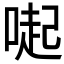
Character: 𠺬